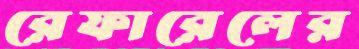
রেফারেলের